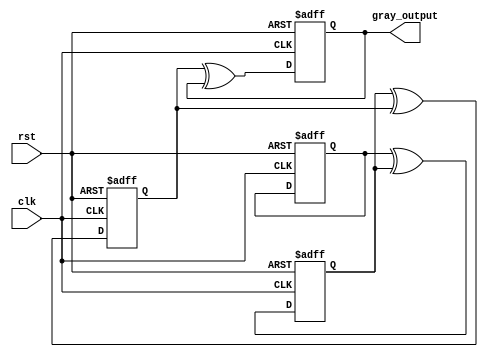
module JohnsonGrayCounter(
    input clk,
    input rst,
    output reg [3:0] gray_output
);

reg [3:0] q [3:0];

always @(posedge clk or posedge rst) begin
    if (rst) begin
        q[0] <= 4'b0001;
        q[1] <= 4'b0011;
        q[2] <= 4'b0111;
        q[3] <= 4'b0110;
    end else begin
        q[0] <= q[0];
        q[1] <= q[0] ^ q[1];
        q[2] <= q[1] ^ q[2];
        q[3] <= q[2] ^ q[3];
    end
end

assign gray_output = q[3];

endmodule